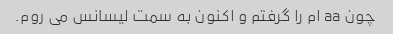
چون aa ام را گرفتم و اکنون به سمت لیسانس می روم.